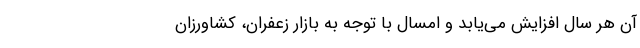
آن هر سال افزایش می‌یابد و امسال با توجه به بازار زعفران، کشاورزان